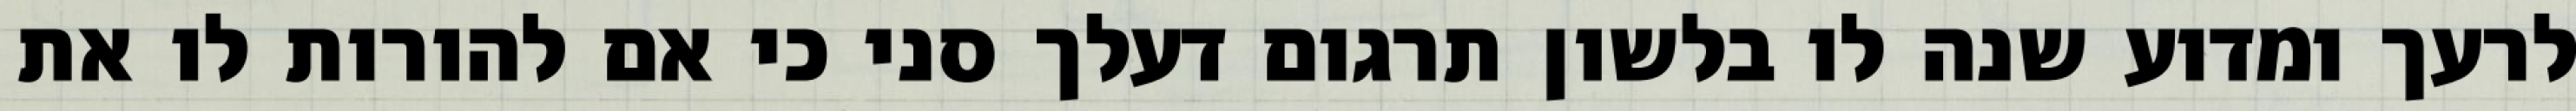
לרעך ומדוע שנה לו בלשון תרגום דעלך סני כי אם להורות לו את